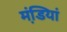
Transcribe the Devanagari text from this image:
मंडि़यां